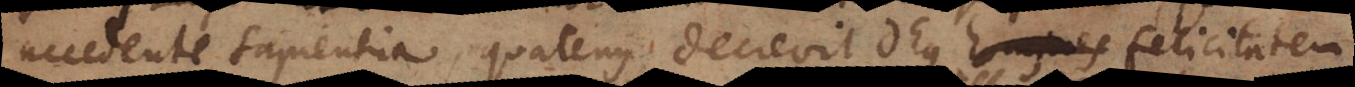
accedente sapientia, quatenus decrevit Deus homines felicitatem